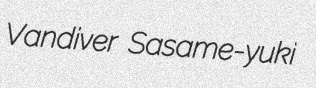
Vandiver Sasame-yuki